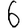
Digit: 6